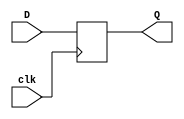
`timescale 1ns / 1ps
//////////////////////////////////////////////////////////////////////////////////
// Company: 
// Engineer: 
// 
// Design Name: 
// Module Name: D_FF_pos
// Project Name: 
// Target Devices: 
// Tool Versions: 
// Description: 
// 
// Dependencies: 
// 
// Revision:
// Revision 0.01 - File Created
// Additional Comments:
// 
//////////////////////////////////////////////////////////////////////////////////


module D_FF_pos(
     input D,
     input clk,
     output reg Q

);

     always@(posedge clk)
     begin
         Q=D;
     end   
endmodule